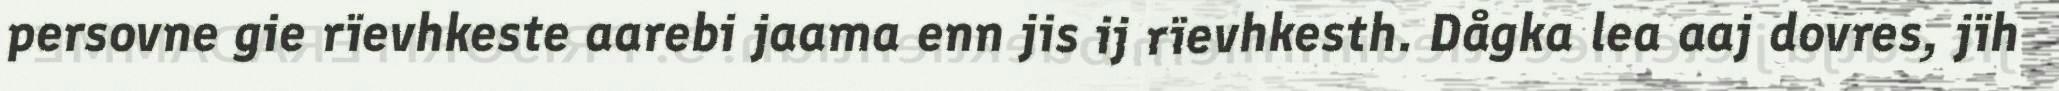
persovne gie rïevhkeste aarebi jaama enn jis ij rïevhkesth. Dågka lea aaj dovres, jïh